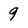
Character: 9